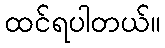
ထင်ရပါတယ်။